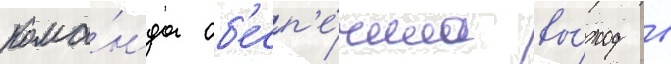
кома́нда об'есп'е́чила вы́ход в